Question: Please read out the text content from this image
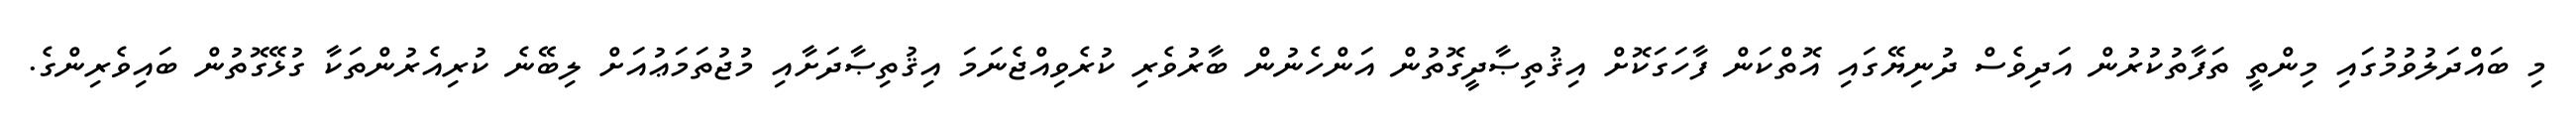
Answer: މި ބައްދަލުވުމުގައި މިންތީ ތަފާތުކުރުން އަދިވެސް ދުނިޔޭގައި އޮތްކަން ފާހަގަކޮށް އިޤުތިޞާދީގޮތުން އަންހެނުން ބާރުވެރި ކުރެވިއްޖެނަމަ އިޤުތިޞާދަށާއި މުޖުތަމަޢުއަށް ލިބޭނެ ކުރިއެރުންތަކާ ގުޅޭގޮތުން ބައިވެރިންގެ.